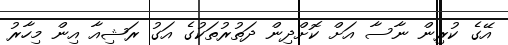
އޭގެ ކުރިން ނާސާ އަށް ކޮށްދިން ދަތުރުތަކުގެ އަގު ރަޝިއާ އިން މިހާރު